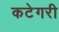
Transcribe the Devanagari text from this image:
कटेगरी